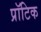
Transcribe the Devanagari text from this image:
प्रॉटिक